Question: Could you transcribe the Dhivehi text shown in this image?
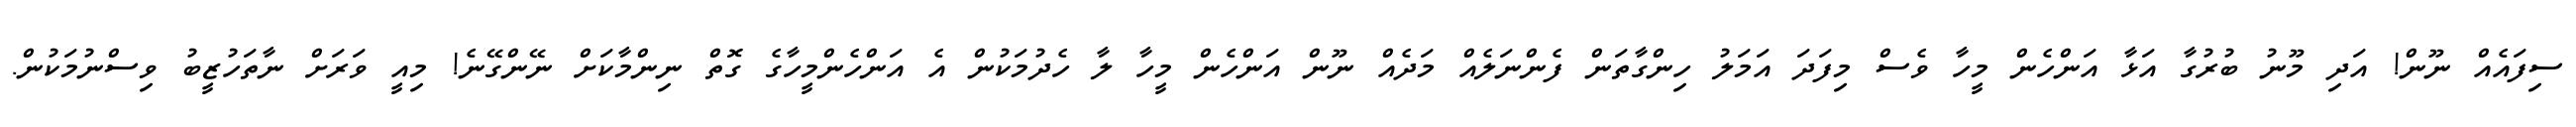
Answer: ސިފައެއް ނޫން! އަދި މޫނު ބުރުގާ އަޅާ އަންހެން މީހާ ވެސް މިފަދަ އަމަލު ހިންގާތަން ފެންނަލެއް މަދެއް ނޫން އަންހެން މީހާ ލާ ހެދުމަކުން އެ އަންހެންމީހާގެ ގޮތް ނިންމާކަށް ނޭންގޭނެ! މިއީ ވަރަށް ނާތަހުޒީބު ވިސްނުމަކުން.